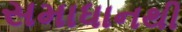
સમાધાનથી